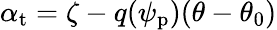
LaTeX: \alpha_{\mathrm{t}}=\zeta-q(\psi_{\mathrm{{p}}})(\theta-\theta_{0})